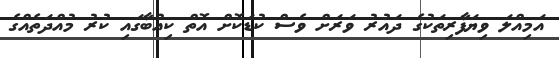
އަމިއްލަ ވިޔަފާރިތަކުގެ ދައުރު ވަރަށް ވެސް ކުޑަކޮށް އޮތް ކިއުބާގައި ކުރު މުއްދަތެއްގެ